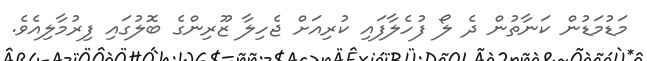
މަޑުމަޑުން ކަނާތުން ދެ ލޯ ފުހެލާފައި ކުރިއަށް ޖެހިލާ ޒޫރިންގެ ބޮލުގައި ފިރުމާލިއެވެ.